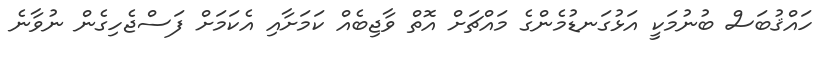
ހައްޤުބަސް ބުނުމަކީ އަޅުގަނޑުމެންގެ މައްޗަށް އޮތް ވާޖިބެއް ކަމަށާއި އެކަމަށް ފަސްޖެހިގެން ނުވާނެ